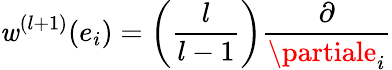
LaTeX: \mathit{w}^{(l+1)}(e_{i})=\left(\frac{{l}}{{l-1}}\right)\frac{{\partial}}{{\partiale_{i}}}